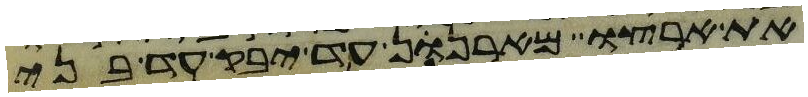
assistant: את ארצו מארנן עד יבק עד בני